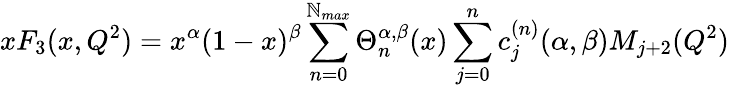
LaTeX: xF_{3}(x,Q^{2})=x^{\alpha}(1-x)^{\beta}\sum_{n=0}^{\mathbb{N}_{max}}\Theta_{n}^{\alpha,\beta}(x)\sum_{j=0}^{n}c_{j}^{(n)}(\alpha,\beta)M_{j+2}(Q^{2})